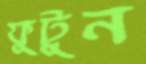
ফুটুন